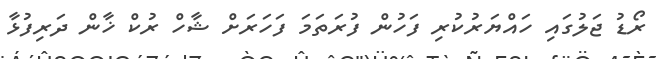
ރޯޑު ޖަލުގައި ހައްޔަރުކުރި ފަހުން ފުރަތަމަ ފަހަރަށް ޝާހް ރުކް ޚާން ދަރިފުޅާ